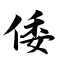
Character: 倭